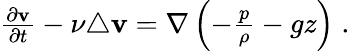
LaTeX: \begin{array}{r}{\frac{\partial{\mathbf v}}{\partial t}-\nu\triangle{\mathbf v}={\mathbf\nabla}\left(-\frac{p}{\rho}-gz\right)\; .}\end{array}